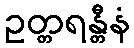
ဥတ္တရန္တီနံ